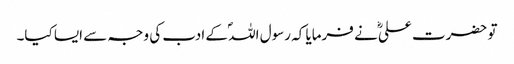
تو حضرت علیؓ نے فرمایا کہ رسول اللہؐ کے ادب کی وجہ سے ایسا کیا۔